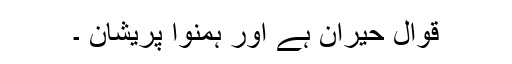
قوال حیران ہے اور ہمنوا پریشان ۔